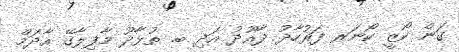
ގަން ކޯޒީ ކޯނަރ ފަރުހާދު ދާއޫދު އަދި ބ. ތުޅާދޫ މާފިލާގޭ އާދަމް